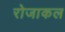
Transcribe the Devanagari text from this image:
रोजाकल